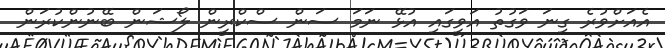
އެއަށްވުރެ ގިނަ ވަގުތު އަވީގައި އުޅޭ ނަމަ ސަން ސްކްރީން ލޯޝަން ބޭނުންކުރަން